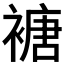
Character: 𮖩